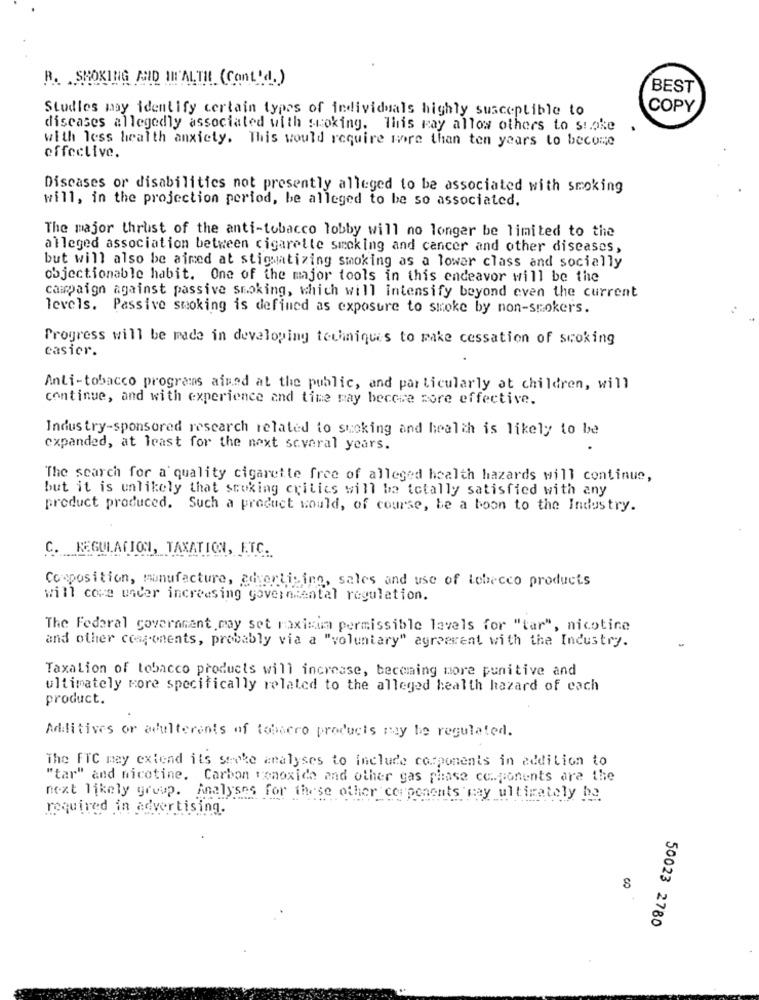
R. SMOKING AND IN'ALTH (Cont'd.)
BEST
Studies may identify certain types of individuals highly susceptible to
COPY
diseases allegedly associated with smoking. This may allow others to suoke
with less health anxiety. This would require more than ten years to become
effective.
Discases or disabilities not presently alleged to be associated with smoking
will, in the projection period, be alleged to be so associated.
The major thrust of the anti-tobacco lobby will no longer be limited to the
alleged association between cigarette smoking and cancer and other diseases,
but will also be aimed at stigmatizing smoking as a lower class and socially
objectionable habit. One of the major tools in this endeavor will be the
campaign against passive smoking, which will intensify beyond even the current
levels. Passive smoking is defined as exposure to smoke by non-smokers.
Progress will be made in developing techniques to make cessation of scoking
easier.
Anti-tobacco programs aimed at the public, and particularly at children, will
continue, and with experience and time may become more effective.
Industry-sponsored research related to suoking and health is likely to be
expanded, at least for the next several years.
The search for a quality cigarette free of alleged health hazards will continue,
but it is unlikely that smoking critics will be totally satisfied with any
product produced. Such a product would, of course, be a boon to the Industry.
C. REGULATION, TAXATION, ETC.
Composition, manufacture, advertising, sales and use of lobecco products
will come under increasing governmental regulation.
The Federal government may set maximum permissible levels for "tar", nicotine
and other components, probably via a "voluntary" agreement with the Industry.
Taxalion of tobacco products will increase, becoming more punitive and
ultimately more specifically related to the alleged health hazard of each
product.
Additives or adulterents of tobacco products may be regulated.
The FTC may extend its stake analyses to include components in addition to
"tar" and nicotine. Carbon monoxide and other gas phase components are the
next likely group. Analyses for these other components may ultimately be
required in advertising.
8
50023 2780